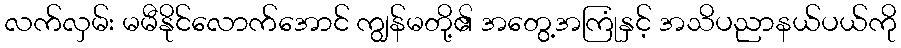
လက်လှမ်း မမီနိုင်လောက်အောင် ကျွန်မတို့၏ အတွေ့အကြုံနှင့် အသိပညာနယ်ပယ်ကို